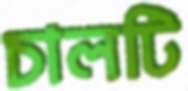
চালটি